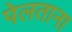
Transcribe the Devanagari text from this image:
पेलताना